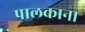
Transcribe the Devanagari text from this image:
पालकाना